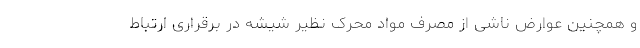
و همچنین عوارض ناشی از مصرف مواد محرک نظیر شیشه در برقراری ارتباط